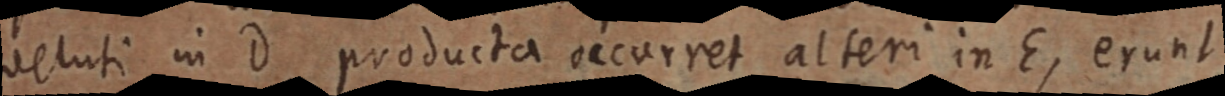
veluti in D producta occurret alteri in E, erunt